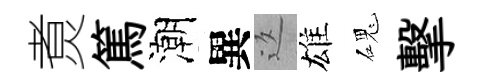
煑篤潮異返雄磈擊